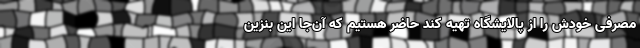
مصرفی خودش را از پالایشگاه تهیه کند حاضر هستیم که آن‌جا این بنزین